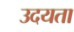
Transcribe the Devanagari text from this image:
उदयता